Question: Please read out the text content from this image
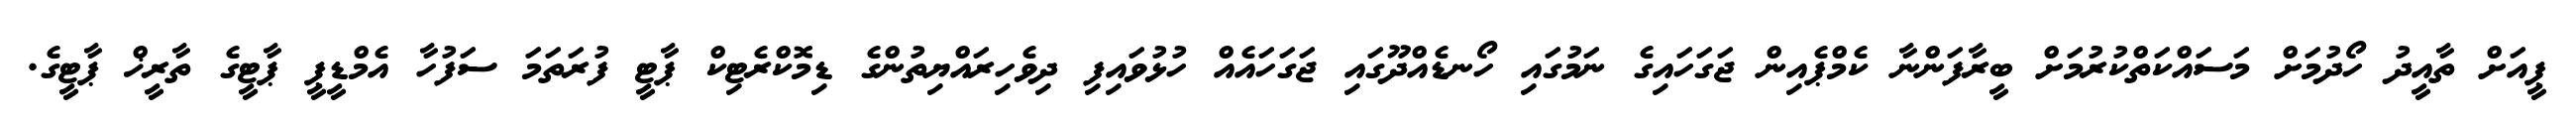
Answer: ޕީއަށް ތާއީދު ހޯދުމަށް މަސައްކަތްކުރުމަށް ބީރާފަންނާ ކެމްޕެއިން ޖަގަހައިގެ ނަމުގައި ހޯނޑެއްދޫގައި ޖަގަހައެއް ހުޅުވައިފި ދިވެހިރައްޔިތުންގެ ޑިމޮކްރެޓިކް ޕާޓީ ފުރަތަމަ ސަފުހާ އެމްޑީޕީ ޕާޓީގެ ތާރީޚް ޕާޓީގެ.